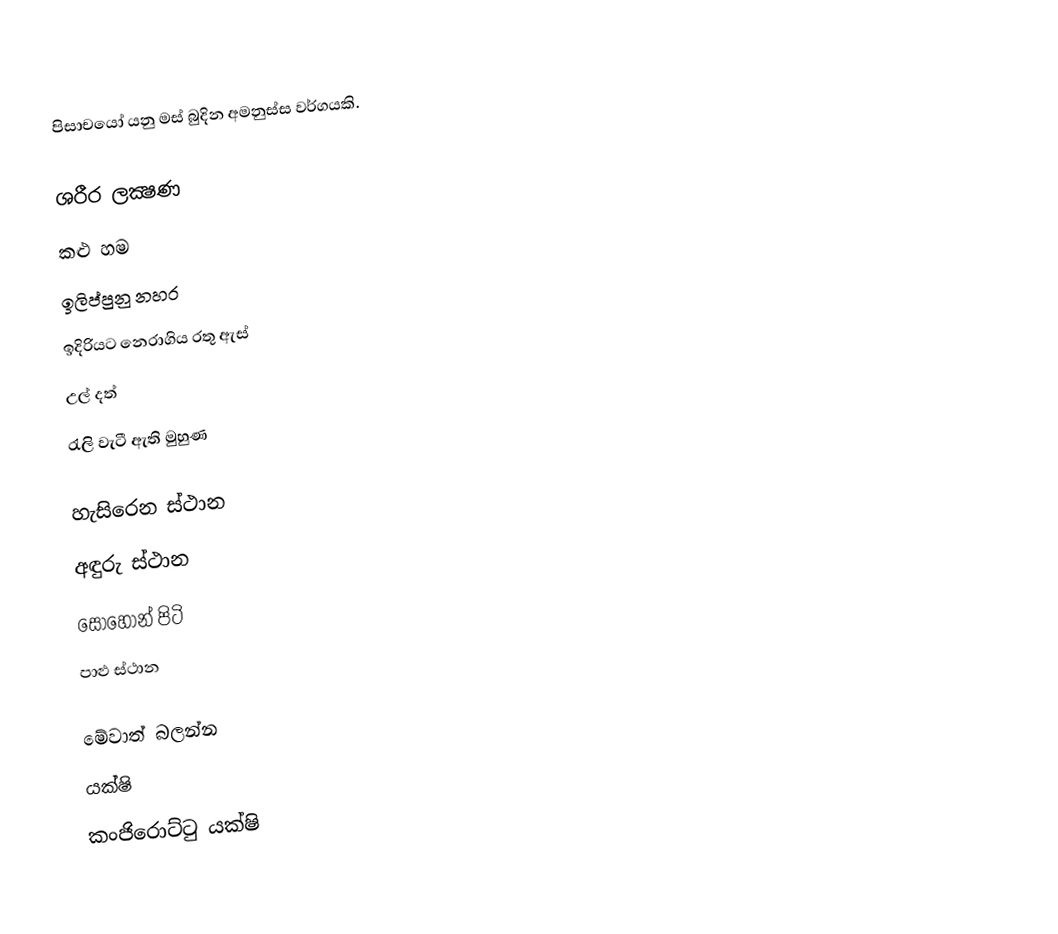
පිසාචයෝ යනු මස් බුදින අමනුස්ස වර්ගයකි.

ශරීර ලක්‍ෂණ
 කළු හම
 ඉලිප්පුනු නහර
 ඉදිරියට නෙරාගිය රතු ඇස්
 උල් දත්
රැලි වැටී ඇති මුහුණ

හැසිරෙන ස්ථාන
 අඳුරු ස්ථාන
 සොහොන් පිටි
 පාළු ස්ථාන

මේවාත් බලන්න
 යක්ෂි
 කංජිරොට්ටු යක්ෂි